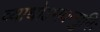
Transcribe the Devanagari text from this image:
व्याधोऽभवन्मुनिः